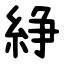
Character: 䋫